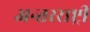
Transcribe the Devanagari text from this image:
अन्तरराष्ट्री